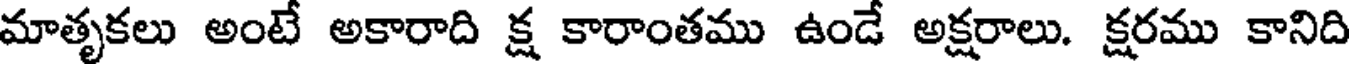
మాతృకలు అంటే అకారాది క్ష కారాంతము ఉండే అక్షరాలు. క్షరము కానిది